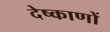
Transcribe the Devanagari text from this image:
देष्काणों